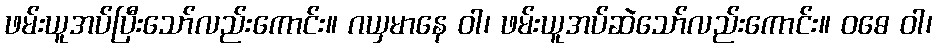
ဖမ်းယူအပ်ပြီးသော်လည်းကောင်း။ ဂယှမာနေ ဝါ၊ ဖမ်းယူအပ်ဆဲသော်လည်းကောင်း။ ဝဓေ ဝါ၊